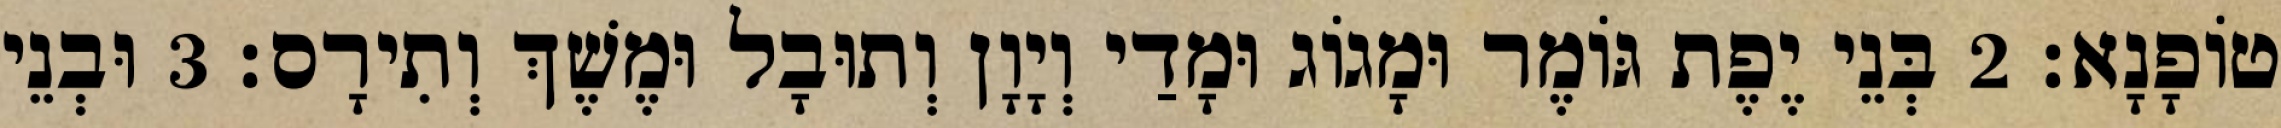
טוֹפָנָא׃ 2 בְּנֵי יֶפֶת גּוֹמֶר וּמָגוֹג וּמָדַי וְיָוָן וְתוּבָל וּמֶשֶׁךְ וְתִירָס׃ 3 וּבְנֵי